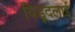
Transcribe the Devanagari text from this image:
विड़ूदलाई